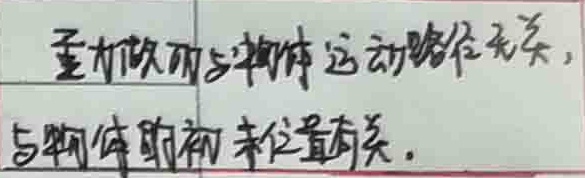
重力做功与物体运动路径无关，
与物体的初末位置有关。